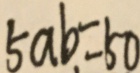
5 a b . = 5 0